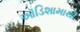
ઑડિશામાથી